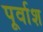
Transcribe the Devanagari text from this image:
पूर्वाश